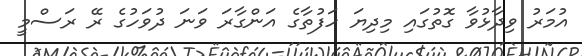
އުމަރު ވިދާޅުވާ ގޮތުގައި މިދިޔަ ހަފުތާގެ އަންގާރަ ވަނަ ދުވަހުގެ ރޭ ރަސްމީ